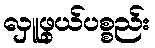
လှူဖွယ်ပစ္စည်း